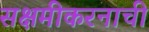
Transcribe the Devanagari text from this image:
सक्षमीकरनाची